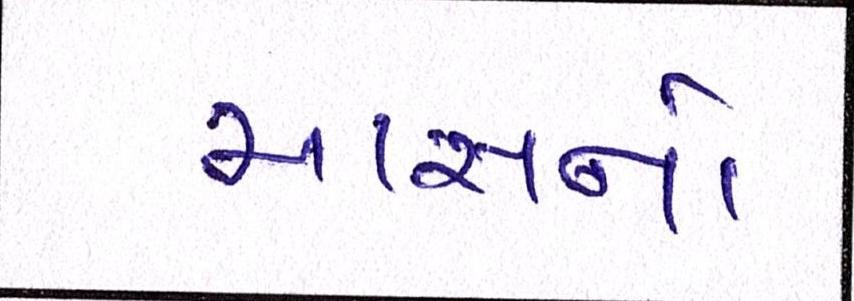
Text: માસનો